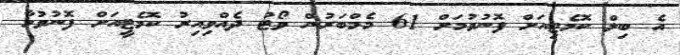
އެ ބިލް ކޮމެޓިއަށް ފޮނުވުމަށް 61 މެމްބަރުން ވޯޓު ދެއްވިއިރު ކޮމެޓީއަށް ފޮނުވުމާ